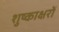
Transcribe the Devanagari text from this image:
शुष्काक्षरों